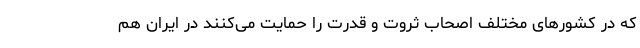
که در کشورهای مختلف اصحاب ثروت و قدرت را حمایت می‌کنند در ایران هم